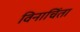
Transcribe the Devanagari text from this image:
विनाचिंता